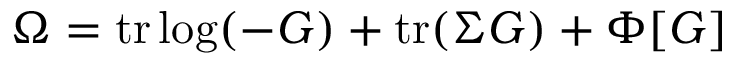
\Omega = \mathrm { t r } \log ( - G ) + \mathrm { t r } ( \Sigma G ) + \Phi [ G ]